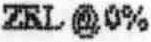
ZRL @0%